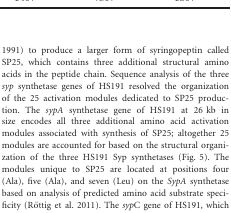
<table><thead><tr><td rowspan="2"><b>Chromosome features1</b></td><td colspan="2"><b>Values</b></td></tr><tr><td><b>B301D</b></td><td><b>HS191</b></td></tr></thead><tbody><tr><td>Genome size (bp)</td><td>6,094,819</td><td>5,950,211</td></tr><tr><td>Plasmid (bp)</td><td>0</td><td>1 (52,548)</td></tr><tr><td>DNA coding sequence (%)</td><td>88.59</td><td>88.82</td></tr><tr><td>GC content (%)</td><td>59.16</td><td>58.96</td></tr><tr><td>Number of total genes</td><td>5367</td><td>5295</td></tr><tr><td>Protein coding genes</td><td>5242</td><td>5173</td></tr><tr><td>rRNA genes (5S rRNA, 16S rRNA, 23S rRNA)</td><td>16 (6, 5, 5)</td><td>16 (6, 5, 5)</td></tr><tr><td>tRNA</td><td>65</td><td>66</td></tr><tr><td>Other RNA genes</td><td>44</td><td>40</td></tr><tr><td>Number of total RNA genes</td><td>125</td><td>122</td></tr><tr><td>Number of genes with assigned function</td><td>4375 (81.5%)</td><td>4337 (81.9%)</td></tr><tr><td>Number of genes without assigned function</td><td>867 (16.1%)</td><td>836 (15.8%)</td></tr><tr><td>Number of predicted enzymes</td><td>1285 (23.9%)</td><td>1257 (23.7%)</td></tr></tbody></table>